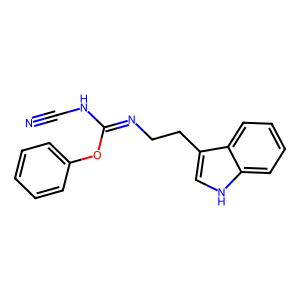
SMILES: N#CNC(=NCCc1c[nH]c2ccccc12)Oc1ccccc1
Inhibits HIV replication: No